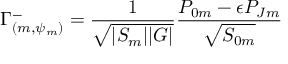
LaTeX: \Gamma _ { ( m , \psi _ { m } ) } ^ { - } = { \frac { 1 } { \sqrt { | { \cal S } _ { m } | | { \cal G } | } } } { \frac { { P } _ { 0 m } - \epsilon { P } _ { J m } } { \sqrt { { S } _ { 0 m } } } }